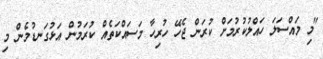
"މި މައްސަލަ ހައްލުކުރުމަށް ކުރަން ޖެހޭ ހުރިހާ މަސައްކަތެއް ކުރަމުން އަޅުގަނޑުމެން މި